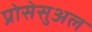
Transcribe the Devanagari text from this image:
प्रोसेसुअल